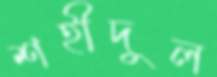
শহীদুল